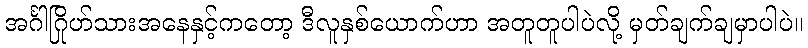
အင်္ဂါဂြိုဟ်သားအနေနှင့်ကတော့ ဒီလူနှစ်ယောက်ဟာ အတူတူပါပဲလို့ မှတ်ချက်ချမှာပါပဲ။